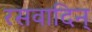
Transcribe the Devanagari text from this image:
रसवादिन्